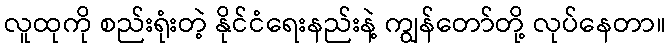
လူထုကို စည်းရုံးတဲ့ နိုင်ငံရေးနည်းနဲ့ ကျွန်တော်တို့ လုပ်နေတာ။